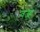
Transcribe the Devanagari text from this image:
वज्ह